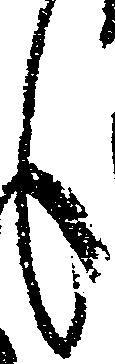
々